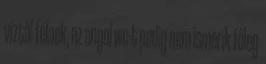
víztől félnek, az angol wc-t pedig nem ismerik főleg